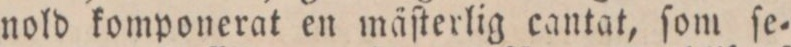
nold komponerat en mäſterlig cantat, ſom ſe=